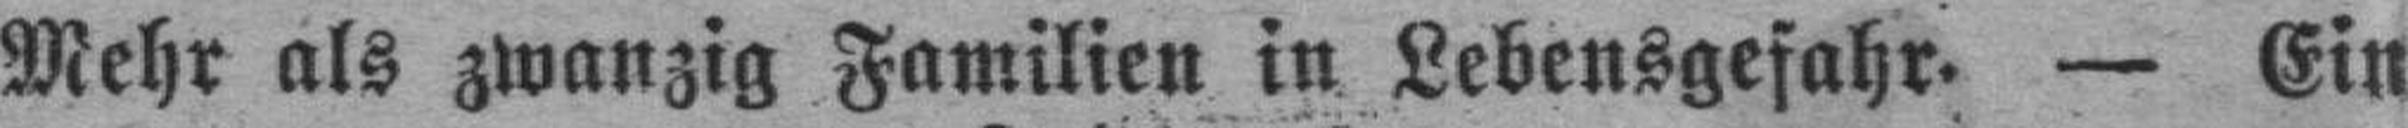
Mehr als zwanzig Familien in Lebensgefahr. — Ein